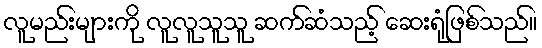
လူမည်းများကို လူလူသူသူ ဆက်ဆံသည့် ဆေးရုံဖြစ်သည်။